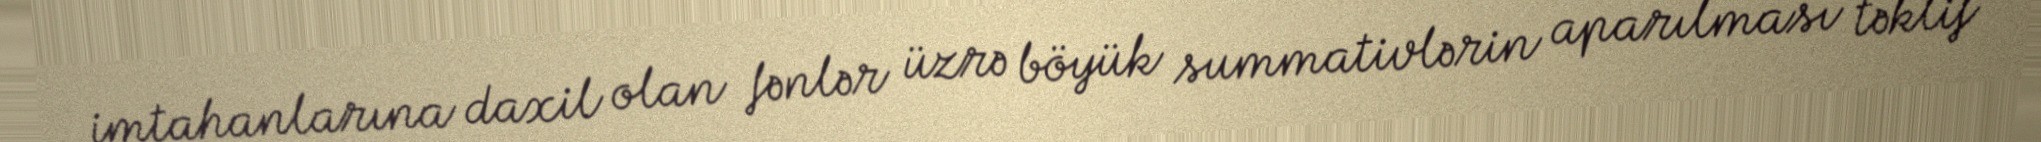
imtahanlarına daxil olan fənlər üzrə böyük summativlərin aparılması təklif